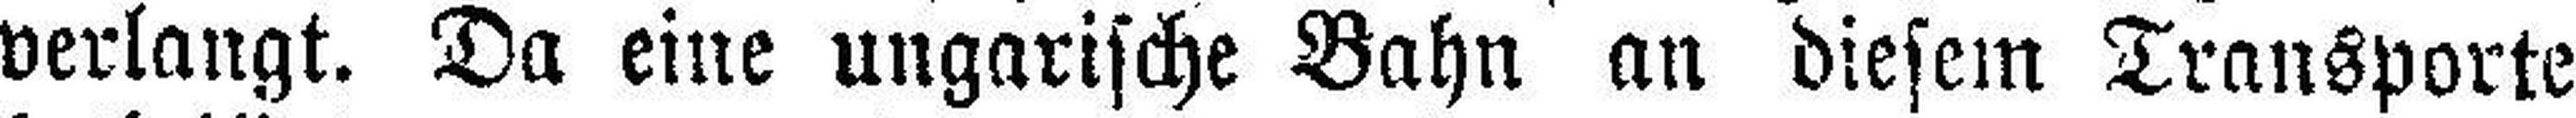
verlangt. Da eine ungarische Bahn an diesem Transporte